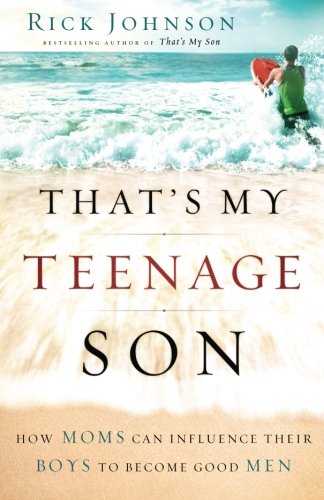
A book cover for That's My Teenage Son: How Moms Can Influence Their Boys to Become Good Men; Rick Johnson; Parenting & Relationships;